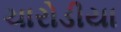
ચારોડીયા